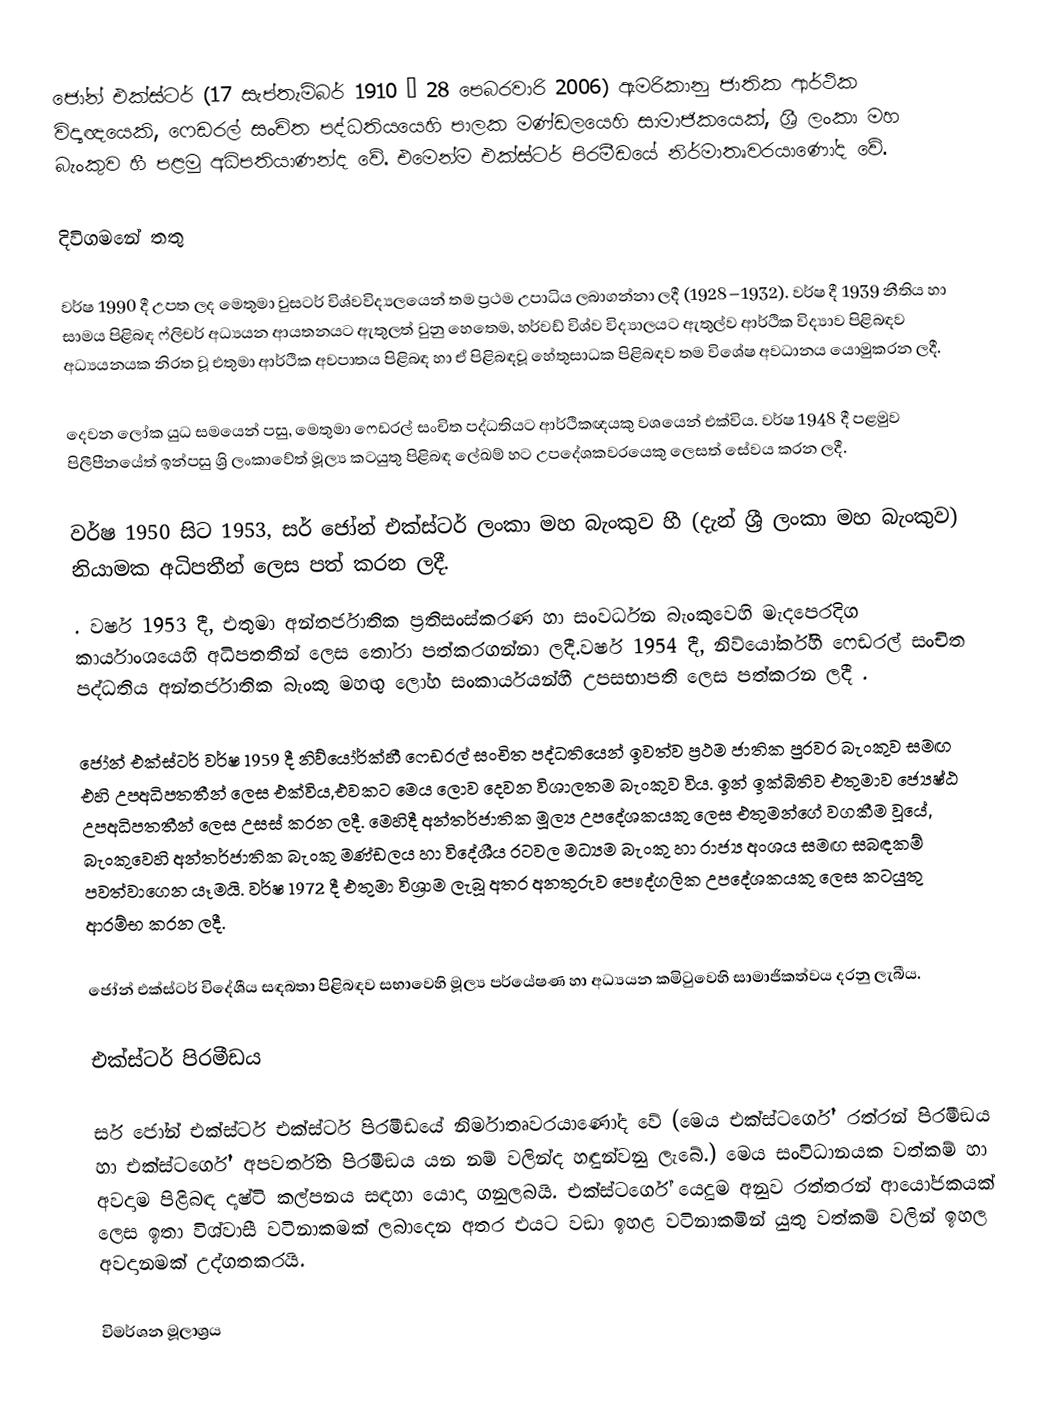
ජෝන් එක්ස්ටර් (17 සැප්තැම්බර් 1910 – 28 පෙබරවාරි 2006) ඇමරිකානු ජාතික ආර්ථික විද්‍යඥයෙකි, ෆෙඩරල් සංචිත පද්ධතියයෙහි පාලක මණ්ඩලයෙහි සාමාජිකයෙක්, ශ්‍රී ලංකා මහ බැංකුව  හී පළමු අධිපතියාණන්ද වේ. එමෙන්ම එක්ස්ටර් පිරමීඩයේ  නිර්මාතෘවරයාණෝද වේ.

දිවිගමනේ තතු

වර්ෂ 1990 දී උපත ලද මෙතුමා වුසටර් විශ්වවිද්‍යලයෙන් තම ප්‍රථම උපාධිය ලබාගන්නා ලදී (1928–1932). වර්ෂ දී 1939 නීතිය හා  සාමය පිළිබඳ ෆ්ලිචර් අධ්‍යයන ආයතනයට ඇතුලත් වුනු හෙතෙම, හර්වඩ් විශ්ව විද්‍යාලයට ඇතුල්ව ආර්ථික විද්‍යාව පිළිබඳව අධ්‍යයනයක නිරත වූ එතුමා ආර්ථික අවපාතය පිළිබඳ හා ඒ පිළිබඳවූ හේතුසාධක පිළිබඳව තම විශේෂ අවධානය යොමුකරන ලදී.

දෙවන ලෝක යුධ සමයෙන් පසු, මෙතුමා ෆෙඩරල් සංචිත පද්ධතියට ආර්ථිකඥයකු වශයෙන් එක්විය.  වර්ෂ 1948 දී පළමුව පිලීපීනයේත් ඉන්පසු ශ්‍රි ලංකාවේත් මූල්‍ය කටයුතු පිළිබඳ ලේඛම් හට උපදේශකවරයෙකු ලෙසත් සේවය කරන ලදී.

වර්ෂ 1950 සිට 1953, සර් ජෝන් එක්ස්ටර් ලංකා මහ බැංකුව හී (දැන් ශ්‍රී ලංකා මහ බැංකුව) නියාමක අධිපතීන් ලෙස පත් කරන ලදී.
. වර්ෂ 1953 දී, එතුමා අන්තර්ජාතික ප්‍රතිසංස්කරණ හා සංවර්ධන බැංකුවෙහි මැදපෙරදිග කාර්යාංශයෙහි අධිපතතීන් ලෙස තෝරා පත්කරගන්නා ලදී.වර්ෂ 1954 දී, නිව්යෝර්ක්හී ෆෙඩරල් සංචිත පද්ධතිය අන්තර්ජාතික බැංකු මහඟු ලෝහ සංකාර්යයන්හී උපසභාපති ලෙස පත්කරන ලදී .

ජෝන් එක්ස්ටර් වර්ෂ 1959 දී නිව්යෝර්ක්හී ෆෙඩරල් සංචිත පද්ධතියෙන් ඉවත්ව ප්‍රථම ජාතික පුරවර බැංකුව සමඟ එහි උපඅධිපතතීන් ලෙස එක්විය,එවකට මෙය ලොව දෙවන විශාලතම බැංකුව විය. ඉන් ඉක්බිතිව එතුමාව ජ්‍යෙෂ්ඨ උපඅධිපතතීන් ලෙස උසස් කරන ලදී.  මෙහිදී අන්තර්ජාතික මූල්‍ය උපදේශකයකු ලෙස එතුමන්ගේ වගකීම වූයේ, බැංකුවෙහි අන්තර්ජාතික බැංකු මණ්ඩලය හා විදේශීය රටවල මධ්‍යම බැංකු හා රාජ්‍ය අංශය සමඟ සබඳකම් පවත්වාගෙන යෑමයි. වර්ෂ 1972 දී එතුමා විශ්‍රාම ලැබූ අතර අනතුරුව පෞද්ගලික උපදේශකයකු ලෙස කටයුතු ආරම්භ කරන ලදී.

ජෝන් එක්ස්ටර් විදේශීය සඳබතා පිළිබඳව සභාවෙහි මූල්‍ය පර්යේෂණ හා අධ්‍යයන කමිටුවෙහි සාමාජිකත්වය දරනු ලැබීය.

එක්ස්ටර් පිරමීඩය

සර් ජෝන් එක්ස්ටර් එක්ස්ටර් පිරමීඩයේ නිර්මාතෘවරයාණෝද වේ (මෙය එක්ස්ටර්ගේ' රත්රන් පිරමීඞය හා එක්ස්ටර්ගේ' අපවර්තිත පිරමීඞය යන නම් වලින්ද හඳුන්වනු ලැබේ.) මෙය සංවිධානයක වත්කම් හා අවදාම පිළිබඳ දෘෂ්ටි කල්පනය සඳහා යොදා ගනුලබයි. එක්ස්ටර්ගේ යෙදුම අනුව රත්තරන් ආයෝජකයක් ලෙස ඉතා විශ්වාසී වටිනාකමක් ලබාදෙන අතර එයට වඞා ඉහළ වටිනාකමින් යුතු වත්කම් වලින් ඉහල අවදානමක් උද්ගතකරයි.

විමර්ශන මූලාශ්‍රය